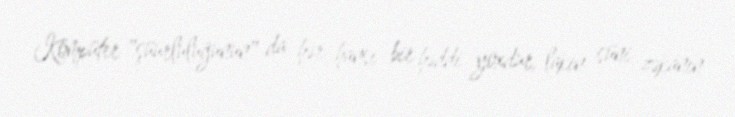
Kompüter "şüurluluğunun" da hər hansı bir həddi yoxdur, lakin süni zəkanın